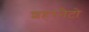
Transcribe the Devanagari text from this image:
शहरनैटो